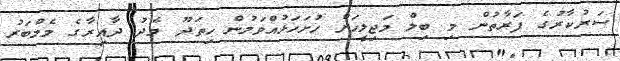
ސަރުކާރުގެ ފަރާތުން މި ބިލް މަޖިލީހަށް ހުށަހަޅުއްވަމުން ހިތަދޫ މެދު ދާއިރާގެ މެމްބަރު